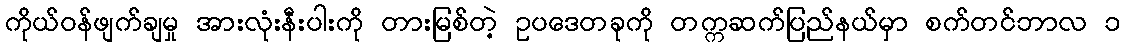
ကိုယ်ဝန်ဖျက်ချမှု အားလုံးနီးပါးကို တားမြစ်တဲ့ ဥပဒေတခုကို တက္ကဆက်ပြည်နယ်မှာ စက်တင်ဘာလ ၁